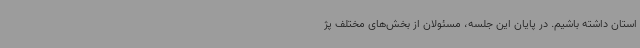
استان داشته باشیم. در پایان این جلسه، مسئولان از بخش‌های مختلف پژ